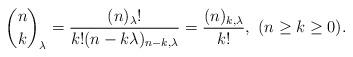
LaTeX: \begin{align*}{n \choose k}_\lambda = \frac{(n)_\lambda !}{k!(n-k\lambda )_{n-k,\lambda }} = \frac{(n)_{k,\lambda }}{k!}, \,\,(n \geq k \geq 0).\end{align*}